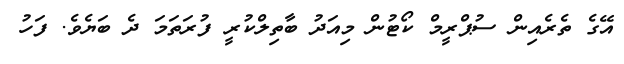
އޭގެ ތެރެއިން ސުޕްރީމް ކޯޓުން މިއަދު ބާތިލްކުރީ ފުރަތަމަ ދެ ބަޔެވެ. ފަހު